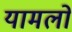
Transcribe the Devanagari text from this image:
यामलों